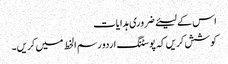
اس کے لیئے ضروری ہدایات
کوشش کریں کہ پوسٹنگ اردو رسم الخط میں کریں۔